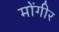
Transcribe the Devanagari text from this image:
मोंगीर